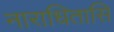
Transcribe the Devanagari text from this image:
नाराधितासि